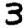
Digit: 3